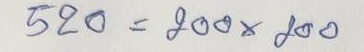
520 = 200 x 200